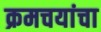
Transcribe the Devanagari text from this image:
क्रमचयांचा